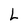
Character: L